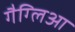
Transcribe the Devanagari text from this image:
गैग्लिआ